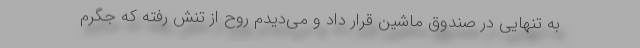
به تنهایی در صندوق ماشین قرار داد و می‌دیدم روح از تنش رفته که جگرم